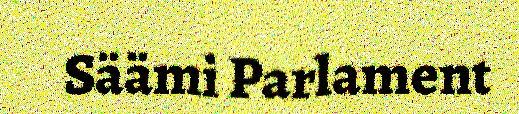
Säämi Parlament